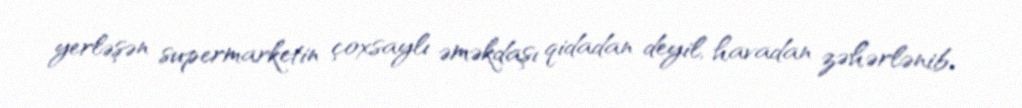
yerləşən supermarketin çoxsaylı əməkdaşı qidadan deyil, havadan zəhərlənib.